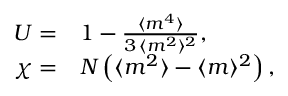
\begin{array} { r l } { U = } & { { } 1 - \frac { \langle m ^ { 4 } \rangle } { 3 \, \langle m ^ { 2 } \rangle ^ { 2 } } , } \\ { \chi = } & { { } N \left( \langle m ^ { 2 } \rangle - \langle m \rangle ^ { 2 } \right) , } \end{array}